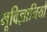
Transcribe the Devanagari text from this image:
भूविज्ञानियो